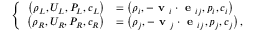
\left\{ \begin{array} { r l } { \left( \rho _ { L } , U _ { L } , P _ { L } , c _ { L } \right) } & { = \left( \rho _ { i } , - \textbf { v } _ { i } \cdot \textbf { e } _ { i j } , p _ { i } , c _ { i } \right) } \\ { \left( \rho _ { R } , U _ { R } , P _ { R } , c _ { R } \right) } & { = \left( \rho _ { j } , - \textbf { v } _ { j } \cdot \textbf { e } _ { i j } , p _ { j } , c _ { j } \right) , } \end{array} \right.